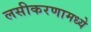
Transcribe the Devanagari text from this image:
लसीकरणामध्ये